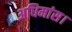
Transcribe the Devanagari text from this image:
अधिमांस।